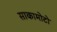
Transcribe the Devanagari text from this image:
साकामोटो